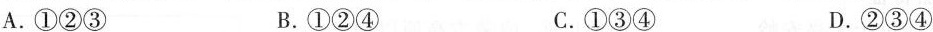
A.①②③ B.①②④ C.①③④ D.②③④